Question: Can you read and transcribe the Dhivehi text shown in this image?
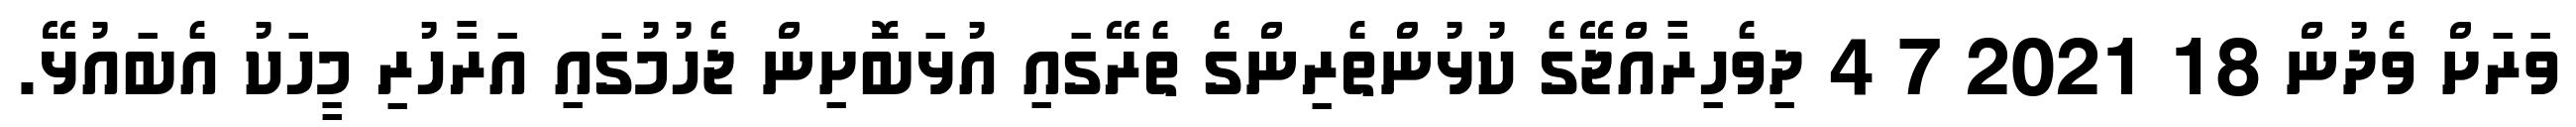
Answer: ވަރަށް ވެދުން 18 2021 7 4 ދިވެހިރާއްޖޭގެ ކުޅުންތެރިންގެ ތެރޭގައި އުޅަބޮށިން ޖެހުމުގައި އަރާހުރި މީހަކު އެބައުޅޭ.